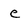
Character: e